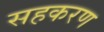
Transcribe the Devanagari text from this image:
सहकरण